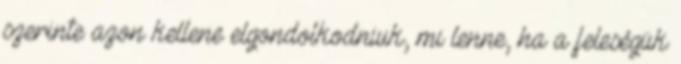
szerinte azon kellene elgondolkodniuk, mi lenne, ha a feleségük